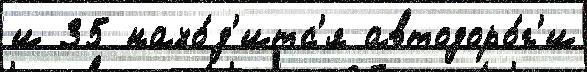
и 35 нахо́д'итс'я автодоро́г'и